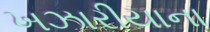
ખઝારીયાના